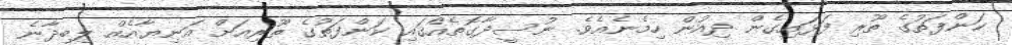
ކަންފަތުގެ ތޫރި ފަޅައިގެން ދިއުން ހިމެނެއެވެ. ނުސީދާގޮތެއްގައި ކަންފަތުގެ ތޫރިއަށް އަނިޔާއެއް ލިބިދާނެ